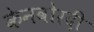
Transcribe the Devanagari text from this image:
केनवोरदी